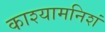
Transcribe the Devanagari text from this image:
काश्यामनिशं